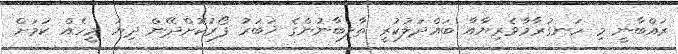
ރައްބާނީ މި ހަނގުރާމާވެރިޔާއާ ބައްދަލުކުރީ ތާލިބާނުންގެ ޚަބަރު ފޯރުކޮށްދޭން ދިޔަ މީހެއް ކަމަށް